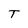
Character: T